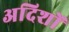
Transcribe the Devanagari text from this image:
अदिशों